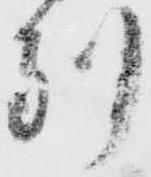
別